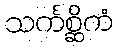
သင်္ကစ္ဆိကံ